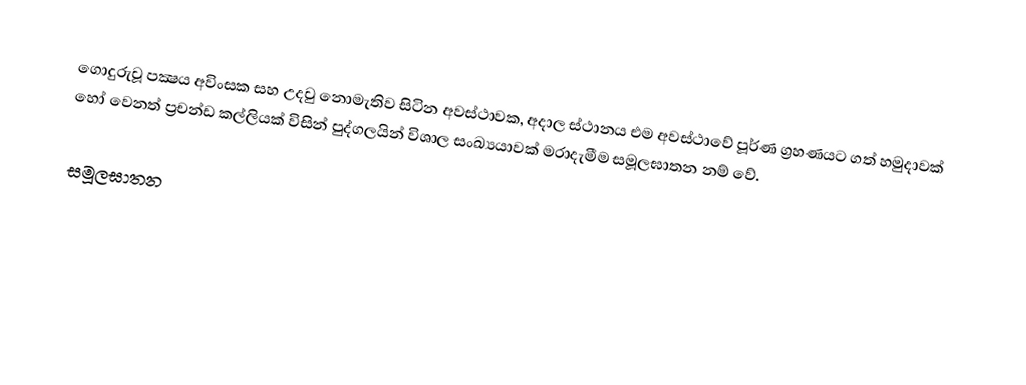
ගොදුරුවූ පක්‍ෂය අවිංසක සහ උදවු නොමැතිව සිටින අවස්ථාවක, අදාල ස්ථානය එම අවස්ථාවේ පූර්ණ ග්‍රහණයට ගත් හමුදාවක් හෝ වෙනත් ප්‍රචන්ඩ කල්ලියක් විසින් පුද්ගලයින් විශාල සංඛ්‍යයාවක් මරාදැමීම සමූලඝාතන නම් වේ.

සමූලඝාතන